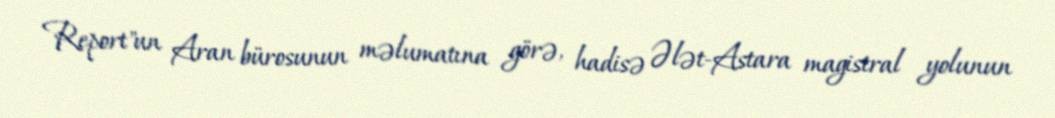
Report"un Aran bürosunun məlumatına görə, hadisə Ələt-Astara magistral yolunun